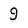
Character: 9